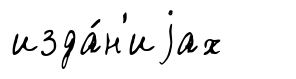
изда́н'иjах